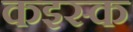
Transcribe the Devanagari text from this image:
कइस्क